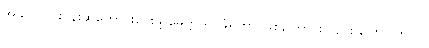
အခုလို ဝိုင်းဝန်းဆုတောင်းပေးဖို့ မေတ္တာရပ်ခံရတာ ဖြစ်ကြောင်းလည်း ပြောပါတယ်။